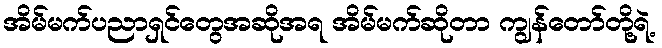
အိမ်မက်ပညာရှင်တွေအဆိုအရ အိမ်မက်ဆိုတာ ကျွန်တော်တို့ရဲ့